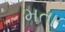
મતા